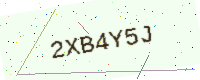
Text: 2XB4Y5J